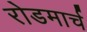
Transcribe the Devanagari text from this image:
रोडमार्च